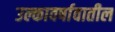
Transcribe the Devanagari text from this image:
उल्कावर्षावातील